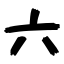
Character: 六